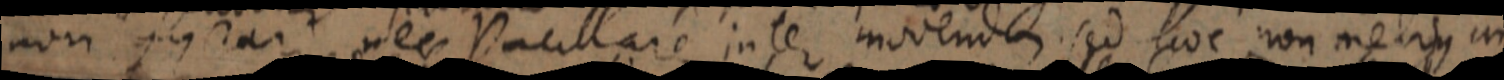
non _ nec Pacillare inter movendem sed hoc non mebius an